Vaccine operations Central Provinces 1886-1899 - 1886-1899
Year: 1886
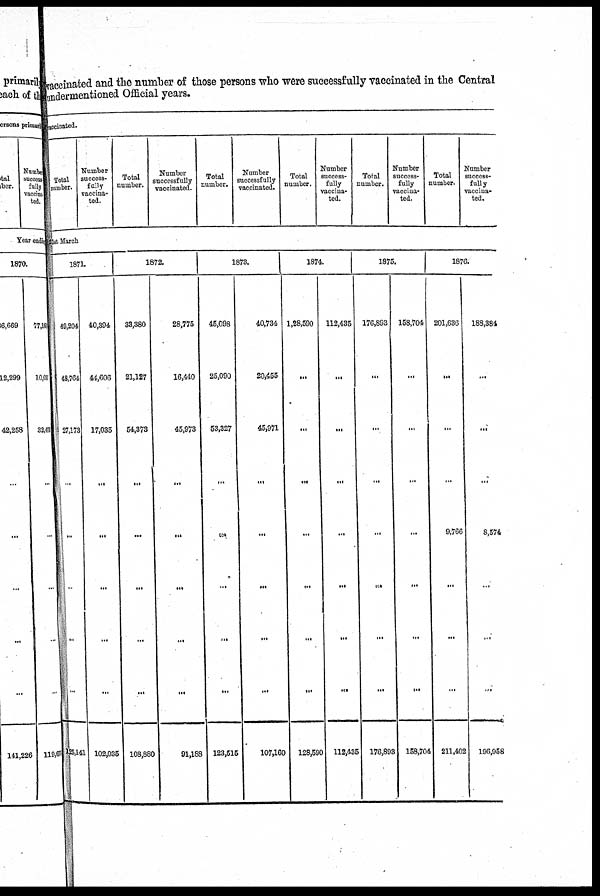
vaccinated and the number of those persons who were successfully vaccinated in the Central
undermentioned Official years.
Vaccinated.
Total
number.
Number
success-
fully
vaccina-
ted.
Total
number.
Number
successfully
vaccinated.
Total
number.
Number
successfully
vaccinated.
Total
number.
Number
success-
fully
vaccina-
ted.
Total
number.
Number
success-
fully
vaccina-
ted.
Total
number.
Number
success-
fully
vaccina-
ted.
31st March
1871.
49,204
48,764
27,173
...
...
...
...
...
125,141
40,394
44,606
17,035
...
...
...
...
...
102,035
1872.
33,380
21,127
54,373
...
...
...
...
...
108,880
28,775
16,440
45,973
...
...
...
...
...
91,188
1873.
45,098
25,090
53,327
...
...
...
...
...
123,515
40,734
20,455
45,971
...
...
...
...
...
107,160
1874.
1,28,590
...
...
...
...
...
...
...
128,590
112,435
...
...
...
...
...
...
...
112,435
1875.
176,893
...
...
...
...
...
...
...
176,893
158,704
...
...
...
...
...
...
...
158,704
1876.
201,636
...
...
...
9,766
...
...
...
211,402
188,384
...
...
...
8,574
...
...
...
196,958